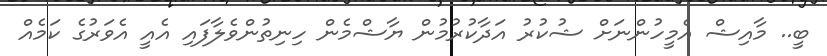
ބީ.. މާއިޝް އެމީހުންނަށް ޝުކުރު އަދާކުރުމުން ޔާޝްމެން ހިނިތުންވެލާފައި އެއީ އެވަރުގެ ކަމެއް